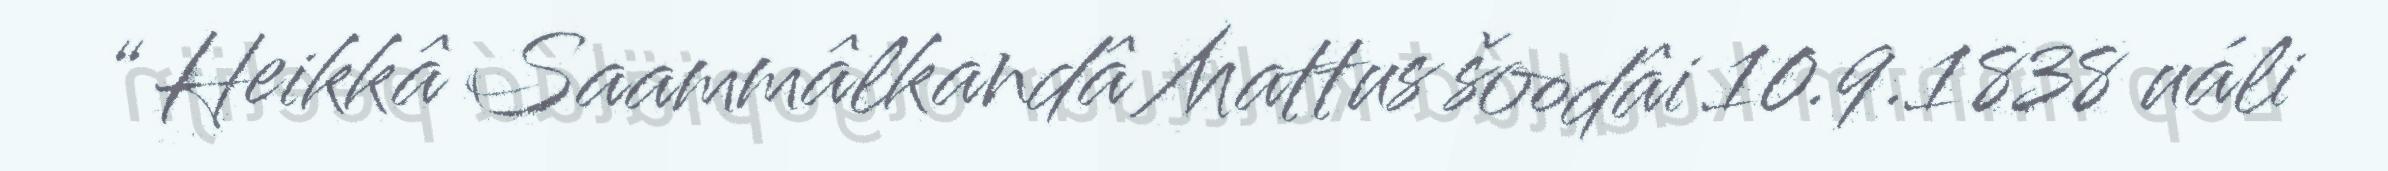
“ Heikkâ Saammâlkandâ Mattus šoodâi 10.9.1838 uáli